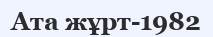
Ата жұрт-1982